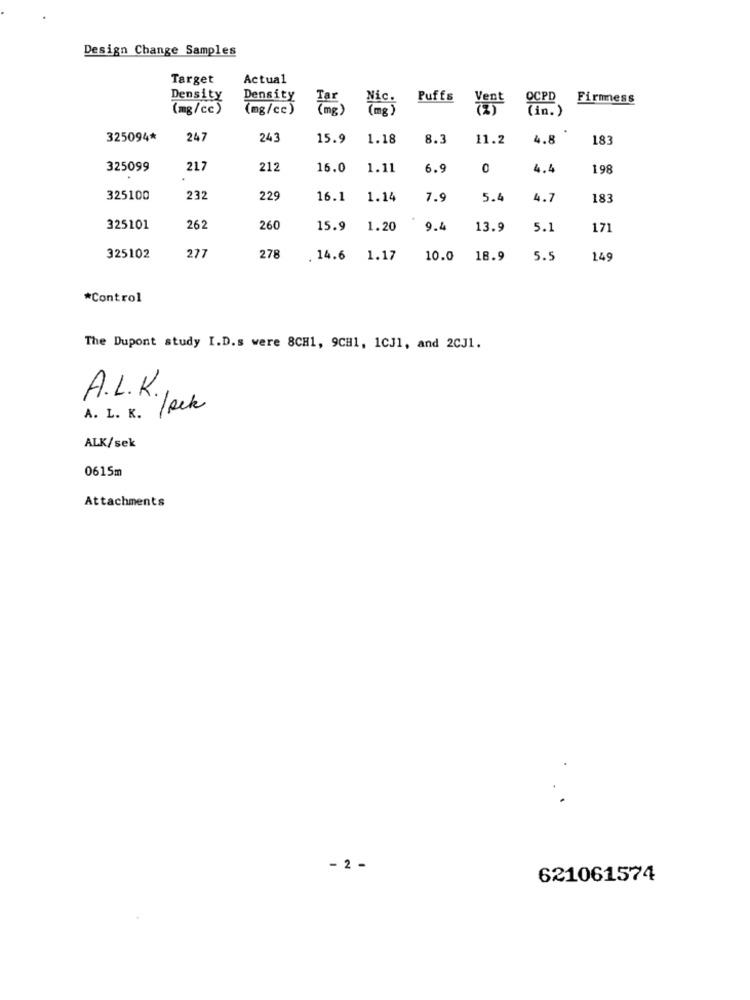
Design Change Samples
Target
Actual
Density
Density
Tar
Nic.
Puffs
Vent
OCPD
Firmess
(mg/cc)
(mg/cc)
(mg)
(in. )
325094*
247
243
15.9
1.18
8.3
11.2
4.8
183
325099
217
212
16.0
1.11
6.9
0
4.4
19
325100
232
229
16.1
1.14
7.9
5.4
4.7
183
325101
262
260
15.9
1.20
9.4
13.9
5.1
171
325102
277
278
. 14.6
1.17
10.0
18.9
5.5
149
*Control
The Dupont study I.D.s were 8CH1, 9CH1, 1CJ1, and 2CJ1.
A.L.K.
A. L. K. /Rek
ALK/sek
0615m
Attachments
2 -
621061574